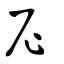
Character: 尼